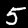
Digit: 5